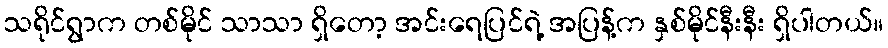
သရိုင်ရွာက တစ်မိုင် သာသာ ရှိတော့ အင်းရေပြင်ရဲ့ အပြန့်က နှစ်မိုင်နီးနီး ရှိပါတယ်။